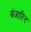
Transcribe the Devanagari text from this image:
बंजारिन